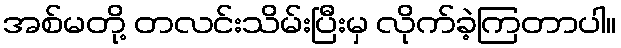
အစ်မတို့ တလင်းသိမ်းပြီးမှ လိုက်ခဲ့ကြတာပါ။